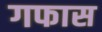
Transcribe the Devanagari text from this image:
गफास